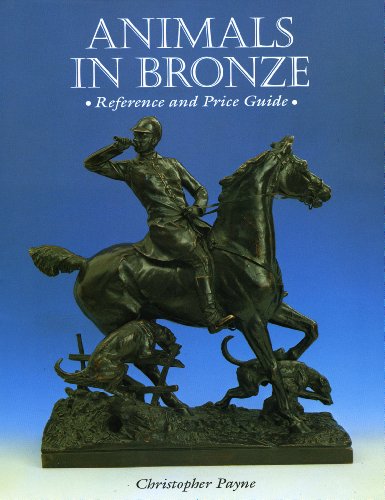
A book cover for Animals in Bronze; Christopher Payne; Crafts, Hobbies & Home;